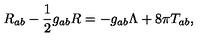
R _ { a b } - \frac 1 2 g _ { a b } R = - g _ { a b } \Lambda + 8 \pi T _ { a b } ,